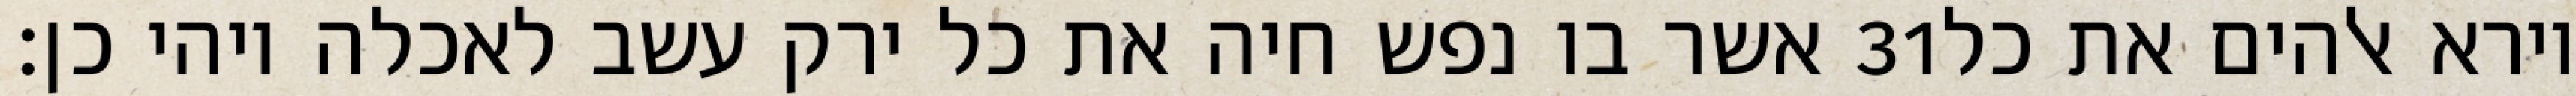
אשר בו נפש חיה את כל ירק עשב לאכלה ויהי כן׃ ‎31‏ וירא אלהים את כל